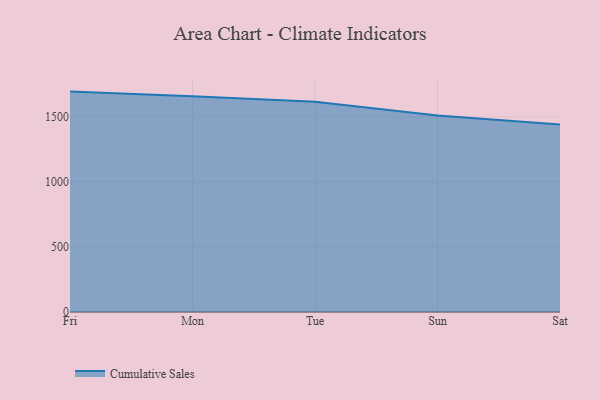
{"axis": {"x": "Day", "y": "Revenue (USD Million)"}, "legend": ["Cumulative Sales"], "data": [{"x": "Fri", "y": 1693.8, "type": "Cumulative Sales"}, {"x": "Mon", "y": 1657.7, "type": "Cumulative Sales"}, {"x": "Tue", "y": 1614.9, "type": "Cumulative Sales"}, {"x": "Sun", "y": 1510.6, "type": "Cumulative Sales"}, {"x": "Sat", "y": 1440.1, "type": "Cumulative Sales"}]}